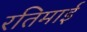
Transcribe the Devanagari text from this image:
रतिमाई